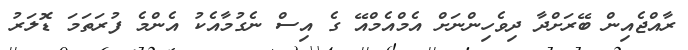
ރާއްޖެއިން ބޭރަށްދާ ދިވެހިންނަށް އެމްއެމްއޭ ގެ އިސް ނެގުމާއެކު އެންމެ ފުރަތަމަ ޑޮލަރު